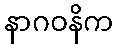
နာဂဝနိက